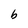
Character: b